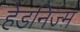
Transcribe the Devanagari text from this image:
हेडनिज्म़